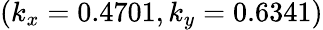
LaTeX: (k_{x}=0.4701,k_{y}=0.6341)